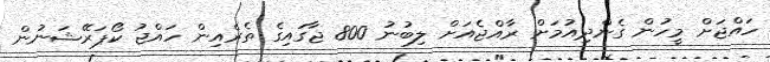
ހައްޖަށް މީހުން ގެންދިއުމަށް ރާއްޖެއަށް ލިބުނު 800 ޖާގައިގެ ތެރެއިން ހައްޖު ކޯޕަރޭޝަނުން